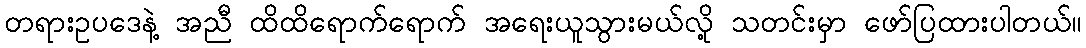
တရားဥပဒေနဲ့ အညီ ထိထိရောက်ရောက် အရေးယူသွားမယ်လို့ သတင်းမှာ ဖော်ပြထားပါတယ်။